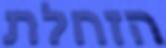
הזחלת